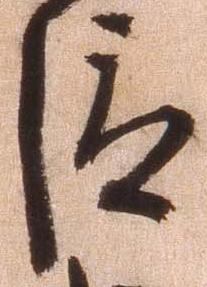
仰